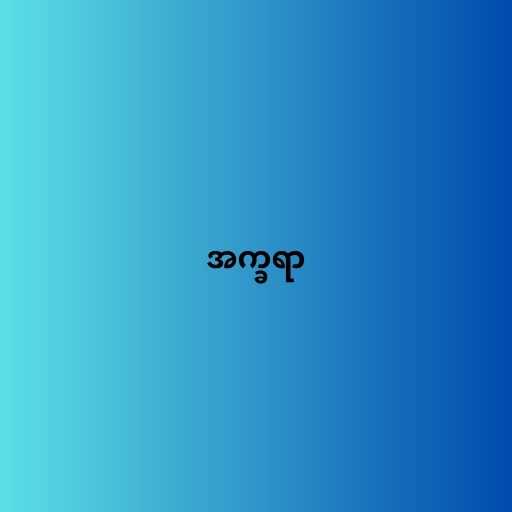
အက္ခရာ